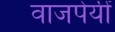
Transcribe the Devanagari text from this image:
वाजपेयीं